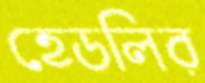
হেডলির